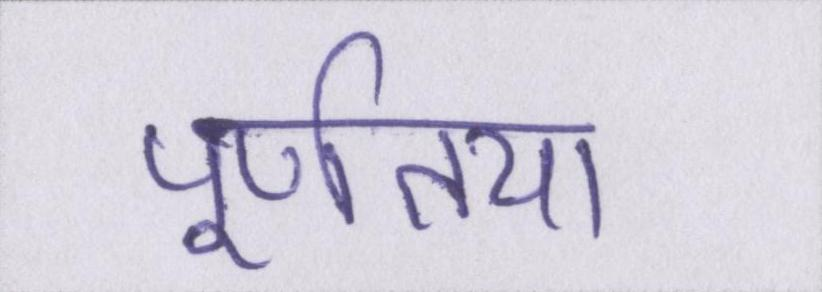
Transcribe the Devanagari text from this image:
पूर्णतया